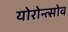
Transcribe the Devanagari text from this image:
योरोन्त्सोव